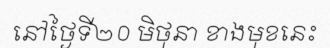
នៅថ្ងៃទី២០ មិថុនា ខាងមុខនេះ